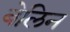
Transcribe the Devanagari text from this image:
बेलिन